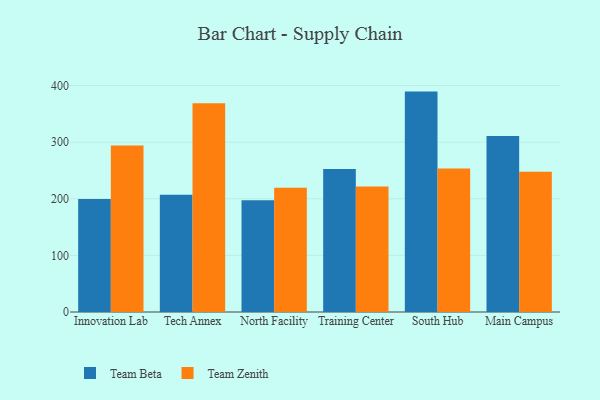
{"axis": {"x": "Campus", "y": "Page Views"}, "legend": ["Team Beta", "Team Zenith"], "data": [{"x": "Innovation Lab", "y": 199.8, "type": "Team Beta"}, {"x": "Innovation Lab", "y": 294.2, "type": "Team Zenith"}, {"x": "Tech Annex", "y": 207.3, "type": "Team Beta"}, {"x": "Tech Annex", "y": 368.9, "type": "Team Zenith"}, {"x": "North Facility", "y": 197.3, "type": "Team Beta"}, {"x": "North Facility", "y": 219.3, "type": "Team Zenith"}, {"x": "Training Center", "y": 252.6, "type": "Team Beta"}, {"x": "Training Center", "y": 221.7, "type": "Team Zenith"}, {"x": "South Hub", "y": 389.3, "type": "Team Beta"}, {"x": "South Hub", "y": 253.6, "type": "Team Zenith"}, {"x": "Main Campus", "y": 310.8, "type": "Team Beta"}, {"x": "Main Campus", "y": 247.7, "type": "Team Zenith"}]}